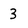
Character: 3